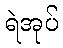
ရဲအုပ်